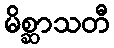
မိစ္ဆာသတီ